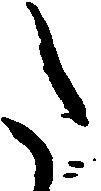
た